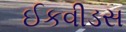
ઈકવીડસ